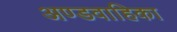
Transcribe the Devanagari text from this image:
अण्डवाहिका